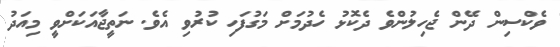
ވެކްސިން ދޭން ޖެހިލުންވެ ދެކޮޅު ހެދުމަށް މަގުފަހި ކުރުވި އެވެ. ނަތީޖާއަކަށްވީ މިއަދު